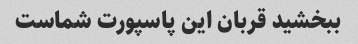
ببخشید قربان این پاسپورت شماست